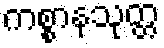
ကစ္စာနသုတ္တ